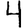
Digit: 4